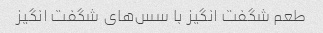
طعم شگفت انگیز با سس‌های شگفت انگیز